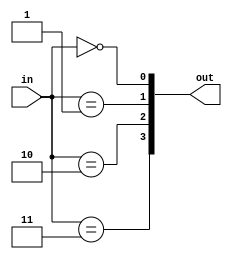
module decoder_2_4(
    input  [ 1:0] in,
    output [ 3:0] out
);

genvar i;
generate for (i=0; i<4; i=i+1) begin : gen_for_dec_2_4
    assign out[i] = (in == i);
end endgenerate

endmodule


module encoder_4_2(
    input  [3:0] in,
    output [1:0] out
);

assign out = {2{in[0]}} & 2'd0 |
	     {2{in[1]}} & 2'd1 |
	     {2{in[2]}} & 2'd2 |
	     {2{in[3]}} & 2'd3 ;

endmodule

module decoder_4_16(
    input  [ 3:0] in,
    output [15:0] out
);

genvar i;
generate for (i=0; i<16; i=i+1) begin : gen_for_dec_4_16
    assign out[i] = (in == i);
end endgenerate

endmodule

module encoder_16_4(
    input  [15:0] in,
    output [ 3:0] out
);

wire [1:0] out_0, out_1, out_2, out_3;

encoder_4_2 one (.in(in[ 3: 0]), .out(out_0));
encoder_4_2 two (.in(in[ 7: 4]), .out(out_1));
encoder_4_2 thr (.in(in[11: 8]), .out(out_2));
encoder_4_2 fou (.in(in[15:12]), .out(out_3));

assign out = {4{|in[ 3: 0]}} & {2'd0, out_0} |
	     {4{|in[ 7: 4]}} & {2'd1, out_1} |		
	     {4{|in[11: 8]}} & {2'd2, out_2} |		
	     {4{|in[15:12]}} & {2'd3, out_3} ;		

endmodule

module decoder_5_32(
    input  [ 4:0] in,
    output [31:0] out
);

genvar i;
generate for (i=0; i<32; i=i+1) begin : gen_for_dec_5_32
    assign out[i] = (in == i);
end endgenerate

endmodule

module encoder_32_5(
    input  [31:0] in,
    output [ 4:0] out
);

wire [3:0] out_0, out_1;

encoder_16_4 one (.in(in[15: 0]), .out(out_0));
encoder_16_4 two (.in(in[31:16]), .out(out_1));

assign out = {5{|in[15: 0]}} & {1'd0, out_0} |
	     {5{|in[31:16]}} & {1'd1, out_1} ;

endmodule


module decoder_6_64(
    input  [ 5:0] in,
    output [63:0] out
);

genvar i;
generate 
	for (i=0; i<64; i=i+1) 
	begin : gen_for_dec_6_64  //bug7
    	assign out[i] = (in == i);
	end
endgenerate

endmodule

module one_valid_16 (
    input  [15:0] in,
    output [ 3:0] out_en
);

wire [15:0] one_in;

assign one_in[0] = in[0];

genvar i;
generate 
	for (i=1; i<16; i=i+1)
	begin: sel_one
		assign one_in[i] = in[i] && ~|in[i-1:0];
	end
endgenerate

encoder_16_4 coder (.in(one_in), .out(out_en));

endmodule

module one_valid_32 (
    input  [31:0] in,
    output [ 4:0] out_en
);

wire [31:0] one_in;

assign one_in[0] = in[0];

genvar i;
generate 
	for (i=1; i<32; i=i+1)
	begin: sel_one
		assign one_in[i] = in[i] && ~|in[i-1:0];
	end
endgenerate

encoder_32_5 coder (.in(one_in), .out(out_en));

endmodule